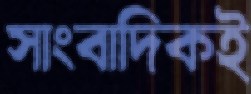
সাংবাদিকই